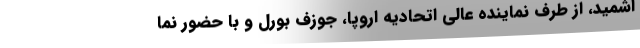
اشمید، از طرف نماینده عالی اتحادیه اروپا، جوزف بورل و با حضور نما